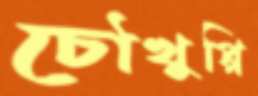
চৌখুপ্পি